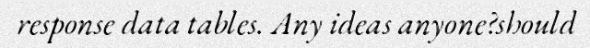
response data tables. Any ideas anyone?should